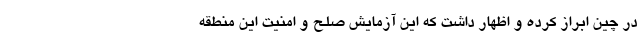
در چین ابراز کرده و اظهار داشت که این آزمایش صلح و امنیت این منطقه